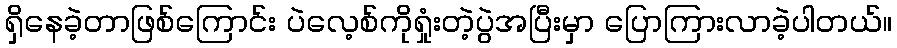
ရှိနေခဲ့တာဖြစ်ကြောင်း ပဲလေ့စ်ကိုရှုံးတဲ့ပွဲအပြီးမှာ ပြောကြားလာခဲ့ပါတယ်။